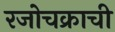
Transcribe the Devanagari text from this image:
रजोचक्राची